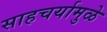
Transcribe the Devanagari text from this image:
साहचर्यामुळे